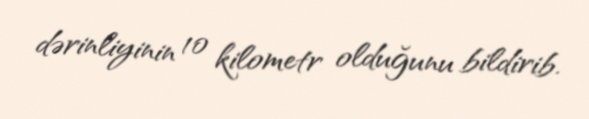
dərinliyinin 10 kilometr olduğunu bildirib.